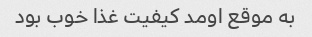
به موقع اومد کیفیت غذا خوب بود